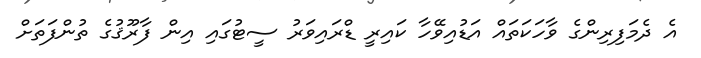
އެ ދެމަފިރިންގެ ވާހަކަތައް އަޑުއިވޭހާ ކައިރީ ޑްރައިވަރު ސީޓުގައި އިން ފާރޫޤުގެ ތުންފަތަށް